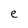
Character: e